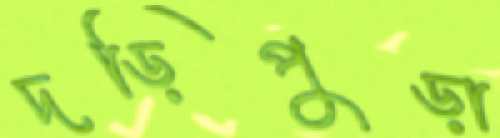
দড়িপুড়া